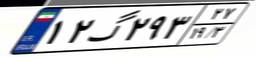
۶۸گ۰۴۸۲۸